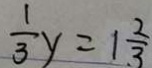
\frac { 1 } { 3 } y = 1 \frac { 2 } { 3 }